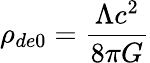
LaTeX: \rho_{de0}={\frac{\Lambda c^{2}}{8\pi G}}